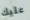
عليك